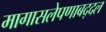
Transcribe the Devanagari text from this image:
मागासलेपणाबद्दल